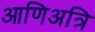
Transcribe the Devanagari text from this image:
आणिअत्रि